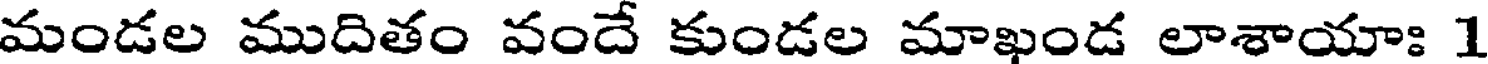
మండల ముదితం వందే కుండల మాఖండ లాశాయాః 1